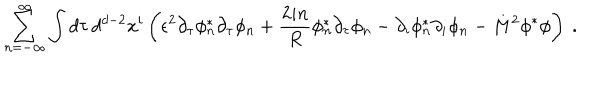
LaTeX: \sum _ { n = - \infty } ^ { \infty } \int d \tau \, d ^ { d - 2 } x ^ { i } \left( \epsilon ^ { 2 } \partial _ { \tau } \phi _ { n } ^ { * } \partial _ { \tau } \phi _ { n } ^ { \vphantom x } + \frac { 2 i n } { R } \phi _ { n } ^ { * } \partial _ { \tau } \phi _ { n } ^ { \vphantom x } - \partial _ { i } \phi _ { n } ^ { * } \partial _ { i } \phi _ { n } ^ { \vphantom x } - M ^ { 2 } \phi ^ { * } \phi \right) \ .